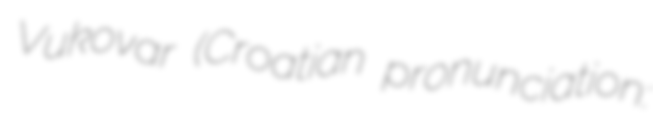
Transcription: Vukovar (Croatian pronunciation: